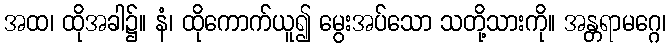
အထ၊ ထိုအခါ၌။ နံ၊ ထိုကောက်ယူ၍ မွေးအပ်သော သတို့သားကို။ အန္တရာမဂ္ဂေ၊